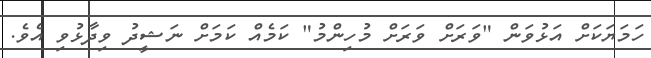
ހަމަޔަކަށް އަޅުވަން "ވަރަށް ވަރަށް މުހިންމު" ކަމެއްް ކަމަށް ނަޝީދު ވިދާޅުވި އެވެ.